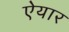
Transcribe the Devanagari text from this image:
ऐयार